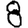
Digit: 8